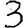
Digit: 3